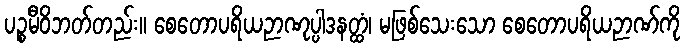
ပဉ္စမီဝိဘတ်တည်း။ စေတောပရိယဉာဏုပ္ပါဒနတ္ထံ၊ မဖြစ်သေးသော စေတောပရိယဉာဏ်ကို